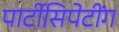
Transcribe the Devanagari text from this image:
पार्टीसिपेटींग